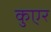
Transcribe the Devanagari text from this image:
कुएर